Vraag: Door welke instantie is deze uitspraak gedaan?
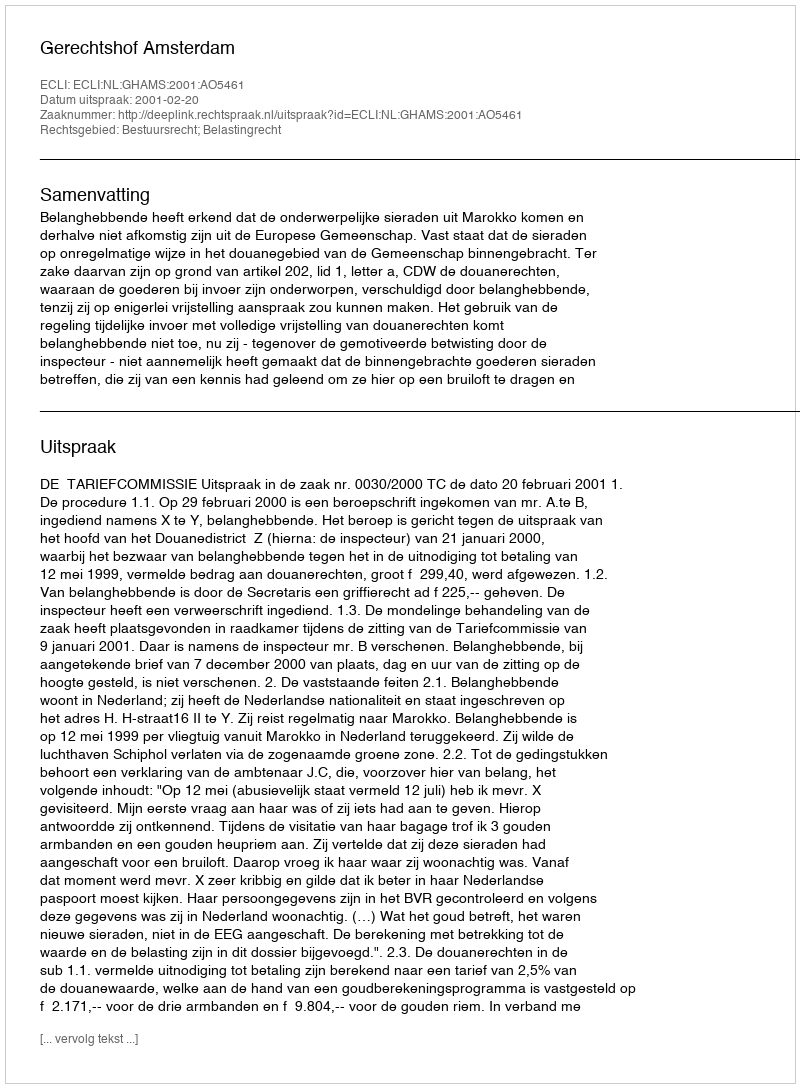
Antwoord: Gerechtshof Amsterdam